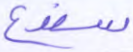
سندع